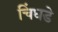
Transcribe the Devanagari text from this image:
चिंधडे